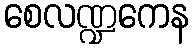
စေလဏ္ဍကေန